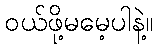
ဝယ်ဖို့မမေ့ပါနဲ့။